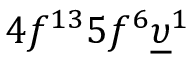
4 f ^ { 1 3 } 5 f ^ { 6 } \underline { { \upsilon } } ^ { 1 }